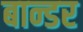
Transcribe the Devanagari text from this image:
बान्डर